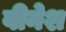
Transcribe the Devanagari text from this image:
वीनेश